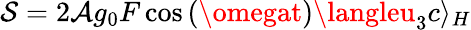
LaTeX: \mathcal{S}=2\mathcal{{A}}g_{0}F\cos{(\omegat)}\langleu_{3}c\rangle_{H}